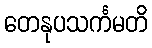
တေနုပသင်္ကမတိ